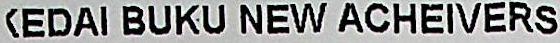
KEDAI BUKU NEW ACHEIVERS